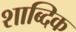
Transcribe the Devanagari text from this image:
शाब्दिक